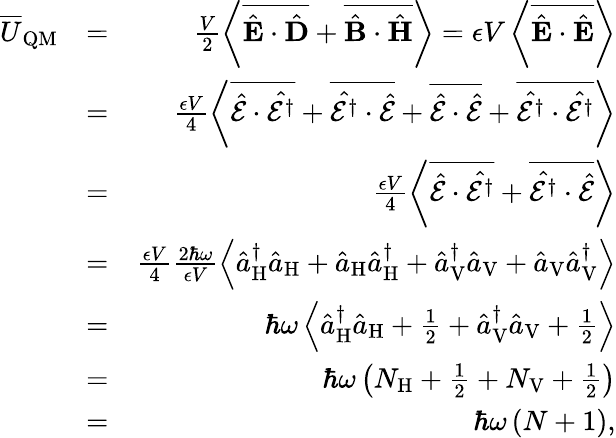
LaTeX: \begin{array}{rlr}{\overline{{U}}_{\mathrm{QM}}}&{=}&{\frac{V}{2}\left\langle\overline{{\hat{{\mathbf E}}\cdot\hat{{\mathbf D}}}}+\overline{{\hat{{\mathbf B}}\cdot\hat{{\mathbf H}}}}\right\rangle=\epsilon V\left\langle\overline{{\hat{{\mathbf E}}\cdot\hat{{\mathbf E}}}}\right\rangle}\\ &{=}&{\frac{\epsilon V}{4}\left\langle\overline{{\hat{\mathcal{E}}\cdot\hat{\mathcal{E}^{\dagger}}}}+\overline{{\hat{\mathcal{E}^{\dagger}}\cdot\hat{\mathcal{E}}}}+\overline{{\hat{\mathcal{E}}\cdot\hat{\mathcal{E}}}}+\overline{{\hat{\mathcal{E}^{\dagger}}\cdot\hat{\mathcal{E}^{\dagger}}}}\right\rangle}\\ &{=}&{\frac{\epsilon V}{4}\left\langle\overline{{\hat{\mathcal{E}}\cdot\hat{\mathcal{E}^{\dagger}}}}+\overline{{\hat{\mathcal{E}^{\dagger}}\cdot\hat{\mathcal{E}}}}\right\rangle}\\ &{=}&{\frac{\epsilon V}{4}\frac{2\hbar\omega}{\epsilon V}\left\langle\hat{a}_{\mathrm{H}}^{\dagger}\hat{a}_{\mathrm{H}}+\hat{a}_{\mathrm{H}}\hat{a}_{\mathrm{H}}^{\dagger}+\hat{a}_{\mathrm{V}}^{\dagger}\hat{a}_{\mathrm{V}}+\hat{a}_{\mathrm{V}}\hat{a}_{\mathrm{V}}^{\dagger}\right\rangle}\\ &{=}&{\hbar\omega\left\langle\hat{a}_{\mathrm{H}}^{\dagger}\hat{a}_{\mathrm{H}}+\frac{1}{2}+\hat{a}_{\mathrm{V}}^{\dagger}\hat{a}_{\mathrm{V}}+\frac{1}{2}\right\rangle}\\ &{=}&{\hbar\omega\left(N_{\mathrm{H}}+\frac{1}{2}+N_{\mathrm{V}}+\frac{1}{2}\right)}\\ &{=}&{\hbar\omega\left(N+1\right),}\end{array}